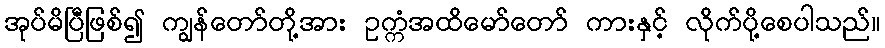
အုပ်မိပြီဖြစ်၍ ကျွန်တော်တို့အား ဥက္ကံအထိမော်တော် ကားနှင့် လိုက်ပို့စေပါသည်။